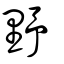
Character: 野